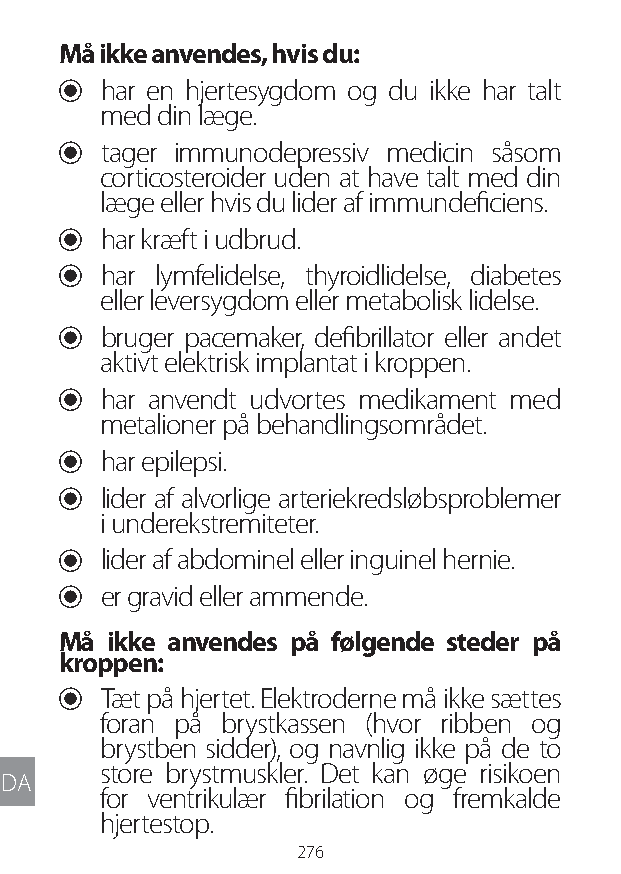
Må ikke anvendes, hvis du:
 U har en hjertesygdom og du ikke har talt
 med din læge.
 U tager immunodepressiv medicin såsom
 corticosteroider uden at have talt med din
 læge eller hvis du lider af immundeficiens.
 U har kræft i udbrud.
 U har lymfelidelse, thyroidlidelse, diabetes
 eller leversygdom eller metabolisk lidelse.
 U bruger pacemaker, defibrillator eller andet
 aktivt elektrisk implantat i kroppen.
 U har anvendt udvortes medikament med
 metalioner på behandlingsområdet.
 U har epilepsi.
 U lider af alvorlige arteriekredsløbsproblemer
 i underekstremiteter.
 U lider af abdominel eller inguinel hernie.
 U er gravid eller ammende.
 Må ikke anvendes på følgende steder på
 kroppen:
 U Tæt på hjertet. Elektroderne må ikke sættes
 foran på brystkassen (hvor ribben og
 brystben sidder), og navnlig ikke på de to
 store brystmuskler. Det kan øge risikoen
 DA
 for ventrikulær fibrilation og fremkalde
 hjertestop.
 276
 Lipo UM EU124 3545B inside ALL EU124 ED296-24 release.indd 276 14/08/2018 10:57:49